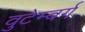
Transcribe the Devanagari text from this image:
वुटेम्बर्ग